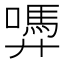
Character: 𭚜